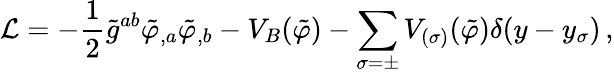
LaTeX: {\cal L}=-\frac{1}{2}\tilde{g}^{ab}\tilde{\varphi}_{,a}\tilde{\varphi}_{,b}-V_{B}(\tilde{\varphi})-\sum_{\sigma=\pm}V_{(\sigma)}(\tilde{\varphi})\delta(y-y_{\sigma})\, ,